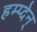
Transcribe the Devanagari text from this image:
हम्प्देन्